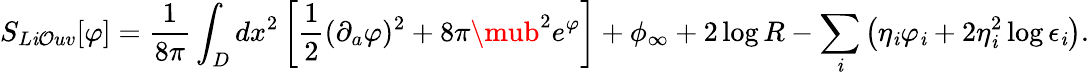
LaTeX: S_{L\mathit{i}\mathcal{O}uv}[\varphi]={\frac{{1}}{{8\pi}}}\int_{D}dx^{2}\left[{\frac{{1}}{{2}}}(\partial_{a}\varphi)^{2}+8\pi\mub^{2}e^{\varphi}\right]+\phi_{\infty}+2\log{R}-\sum_{\mathit{i}}\left(\eta_{\mathit{i}}\varphi_{\mathit{i}}+2\eta_{\mathit{i}}^{2}\log{\epsilon_{\mathit{i}}}\right).